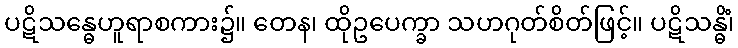
ပဋိသန္ဓေဟူရာစကား၌။ တေန၊ ထိုဥပေက္ခာ သဟဂုတ်စိတ်ဖြင့်။ ပဋိသန္ဓိံ၊